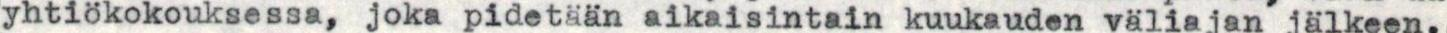
yhtiökokouksessa, joka pidetään aikaisintain kuukauden väliajan jälkeen.